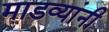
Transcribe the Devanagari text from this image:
माडव्यांनी